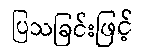
ပြသခြင်းဖြင့်